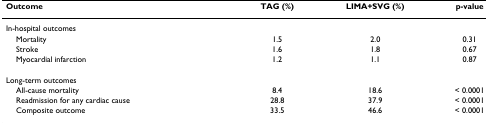
| Outcome | TAG (%) | LIMA+SVG (%) | p-value |
 | --- | --- | --- | --- |
 | In-hospital outcomes |  |  |  |
 | Mortality | 1.5 | 2.0 | 0.31 |
 | Stroke | 1.6 | 1.8 | 0.67 |
 | Myocardial infarction | 1.2 | 1.1 | 0.87 |
 | Long-term outcomes |  |  |  |
 | All-cause mortality | 8.4 | 18.6 | < 0.0001 |
 | Readmission for any cardiac cause | 28.8 | 37.9 | < 0.0001 |
 | Composite outcome | 33.5 | 46.6 | < 0.0001 |